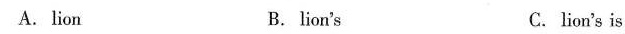
A. lion B.lion's C.lion's is